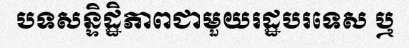
បទសន្ទិដ្ឋិភាពជាមួយរដ្ឋបរទេស ឬ